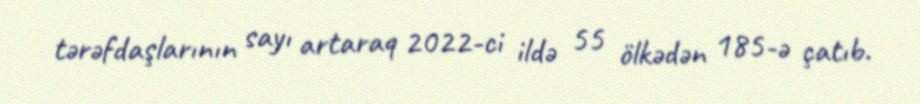
tərəfdaşlarının sayı artaraq 2022-ci ildə 55 ölkədən 185-ə çatıb.